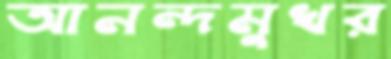
আনন্দমুখর